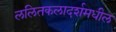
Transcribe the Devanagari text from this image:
ललितकलादर्शमधील